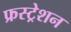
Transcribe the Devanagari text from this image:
फ्रस्ट्रेशन